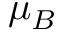
\mu _ { B }